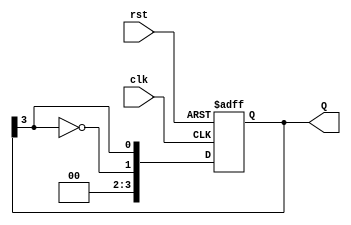
module JohnsonCounter #(
    parameter N = 4  // Parameter to define the width of the counter (number of bits)
)(
    input wire clk,       // Clock input
    input wire rst,       // Asynchronous reset input
    output reg [N-1:0] Q  // Current state of the counter
);

// Always block triggered on the rising edge of the clock or the reset
always @(posedge clk or posedge rst) begin
    if (rst) begin
        // On reset, set all flip-flops to 0
        Q <= {N{1'b0}};
    end else begin
        // Johnson counter logic: shift and feedback
        Q <= {~Q[N-1], Q[N-1:N-1]}; // Feedback inverted output of the last flip-flop
    end
end

endmodule